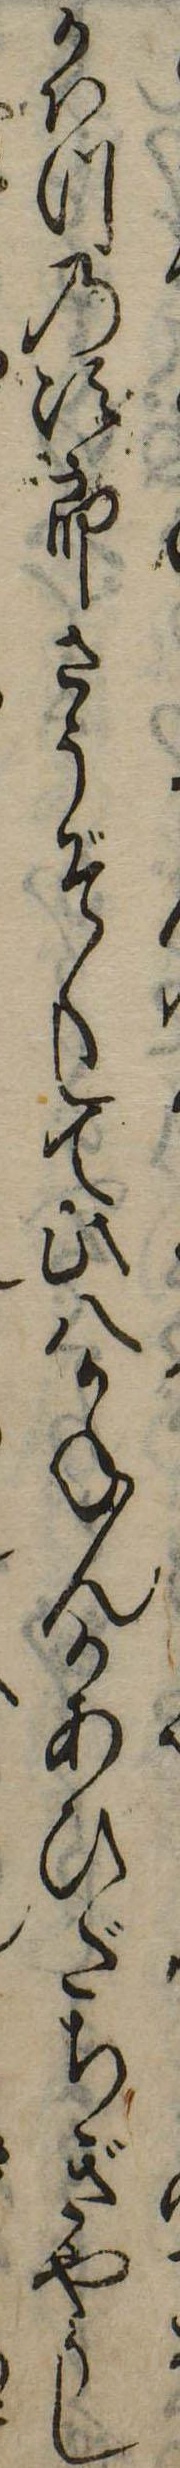
かはつの次郎さうぞくして此八かねんかあひだちぎやうし